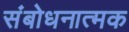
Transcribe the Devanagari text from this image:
संबोधनात्मक